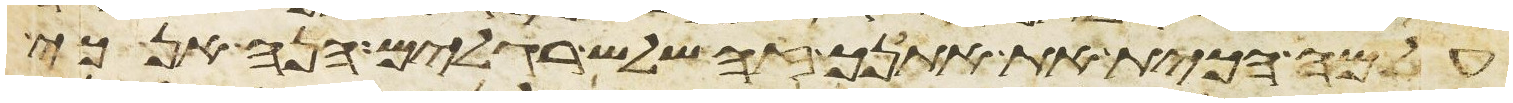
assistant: על מה הכית את אתנך זה שלש רגלים הנה אנכי